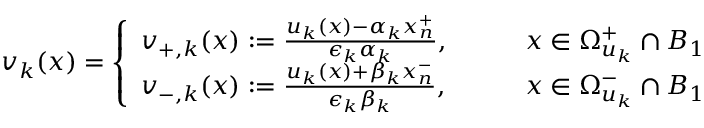
v _ { k } ( x ) = \left\{ \begin{array} { l l } { v _ { + , k } ( x ) : = \frac { u _ { k } ( x ) - \alpha _ { k } x _ { n } ^ { + } } { \epsilon _ { k } \alpha _ { k } } , \qquad } & { x \in \Omega _ { u _ { k } } ^ { + } \cap B _ { 1 } } \\ { v _ { - , k } ( x ) : = \frac { u _ { k } ( x ) + \beta _ { k } x _ { n } ^ { - } } { \epsilon _ { k } \beta _ { k } } , \qquad } & { x \in \Omega _ { u _ { k } } ^ { - } \cap B _ { 1 } } \end{array} \right.